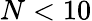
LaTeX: N<10